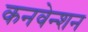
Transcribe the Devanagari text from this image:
कनवेन्शन